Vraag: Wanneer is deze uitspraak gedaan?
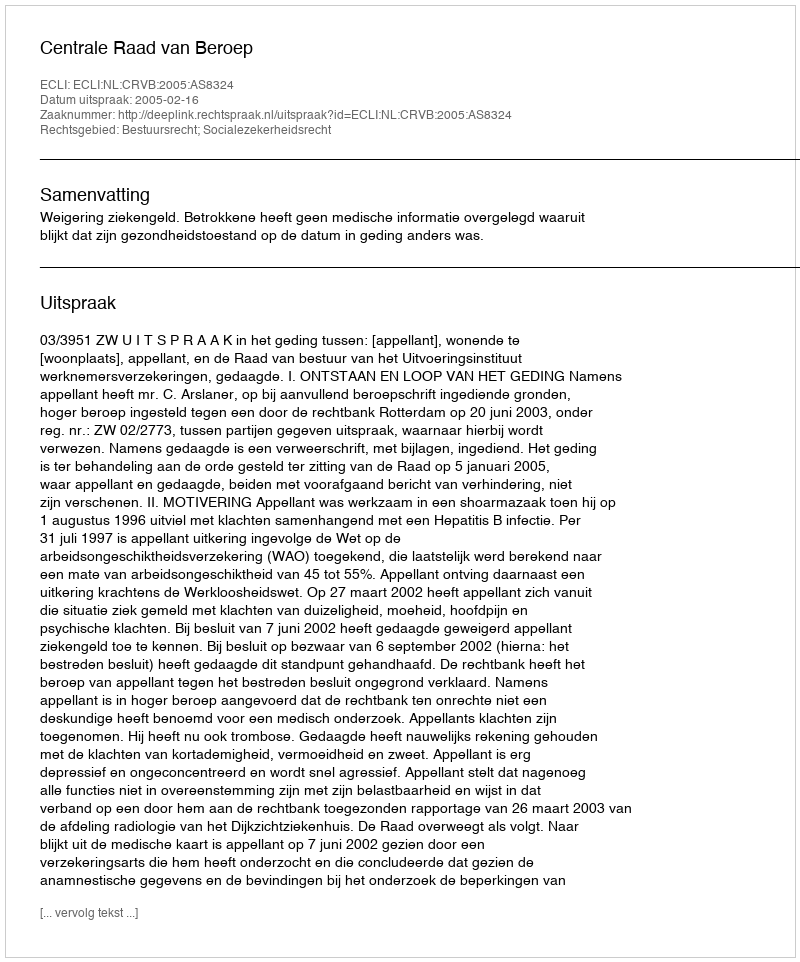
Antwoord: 2005-02-16